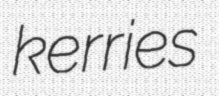
kerries